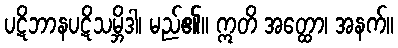
ပဋိဘာနပဋိသမ္ဘိဒါ၊ မည်၏။ ဣတိ အတ္ထော၊ အနက်။